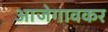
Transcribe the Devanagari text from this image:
आजेगावकर